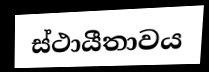
ස්ථායීතාවය